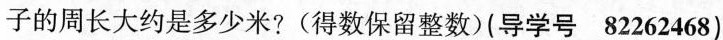
子的周长大约是多少米?(得数保留整数)(导学号82262468)